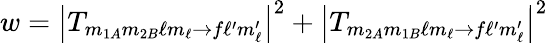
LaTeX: w=\left|T_{m_{1A}m_{2B}\ell m_{\ell}\rightarrow f\ell^{\prime}m_{\ell}^{\prime}}\right|^{2}+\left|T_{m_{2A}m_{1B}\ell m_{\ell}\rightarrow f\ell^{\prime}m_{\ell}^{\prime}}\right|^{2}